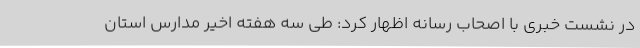
در نشست خبری با اصحاب رسانه اظهار کرد: طی سه هفته اخیر مدارس استان